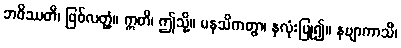
ဘဝိဿတိ၊ ဖြစ်လတ္တံ့။ ဣတိ၊ ဤသို့။ မနသိကတွာ၊ နှလုံးပြု၍။ နဗျာကာသိ၊